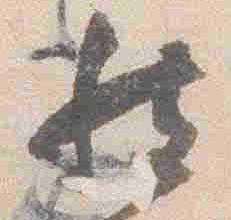
然